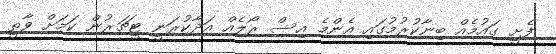
ފެށީ ގައުމެއް ބިނާކުރުމުގައި އެންމެ އިސް ރޯލެއް އަދާކުރަނީ ޓީޗަރުން ކަމަށް ވާތީ